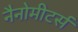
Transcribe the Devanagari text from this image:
नैनोमीटर्स